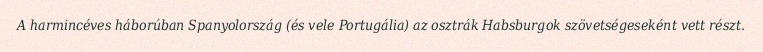
A harmincéves háborúban Spanyolország (és vele Portugália) az osztrák Habsburgok szövetségeseként vett részt.